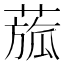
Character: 𦹭